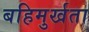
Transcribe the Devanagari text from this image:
बहिमुर्खता